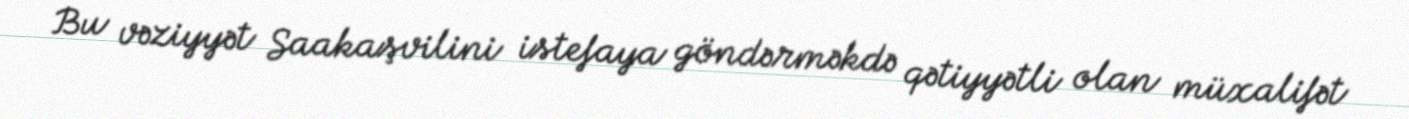
Bu vəziyyət Saakaşvilini istefaya göndərməkdə qətiyyətli olan müxalifət